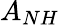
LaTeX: A_{NH}